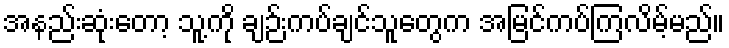
အနည်းဆုံးတော့ သူ့ကို ချဉ်းကပ်ချင်သူတွေက အမြင်ကပ်ကြလိမ့်မည်။